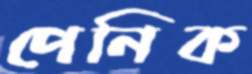
পেনিক